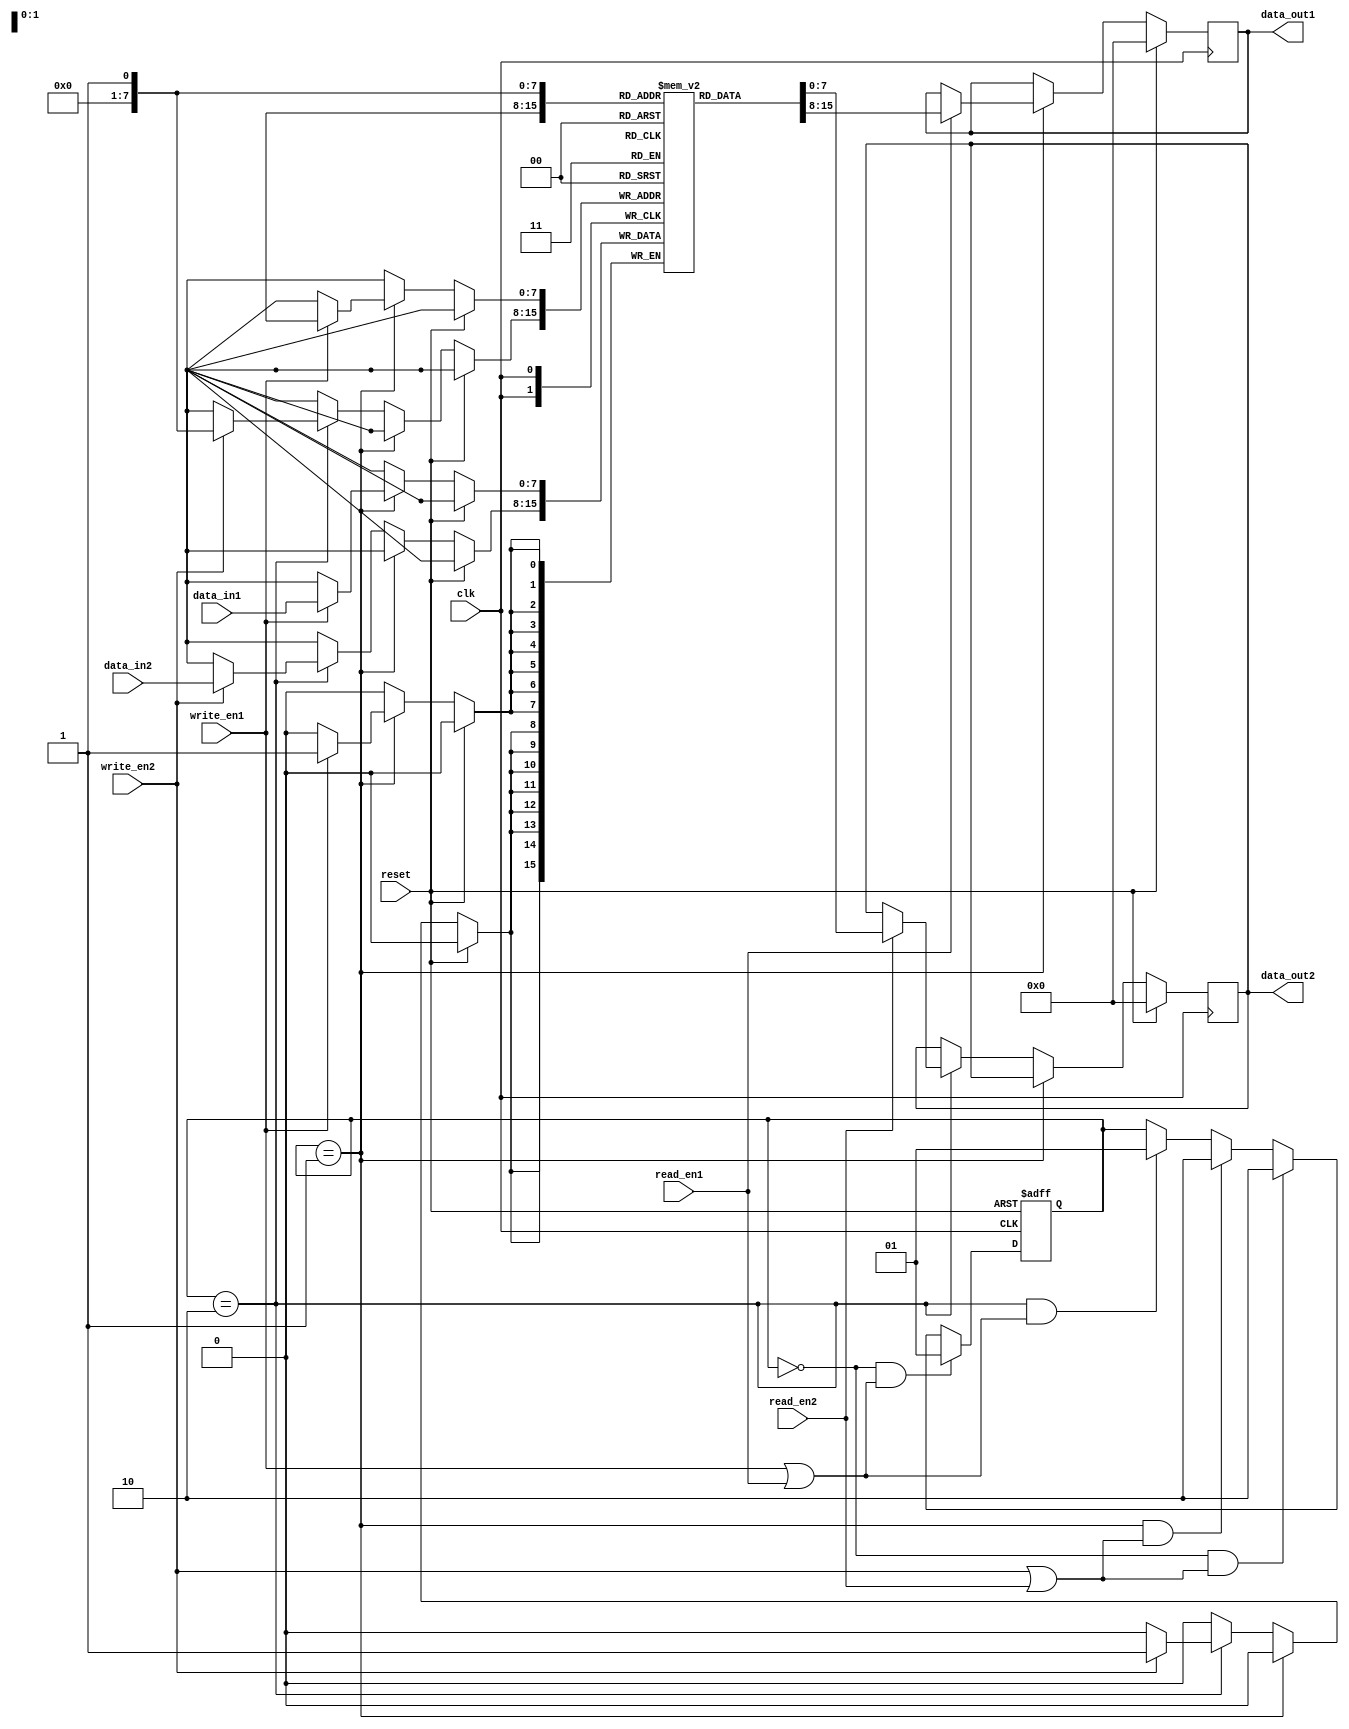
module dual_port_ram (
    input wire clk,
    input wire reset,
    input wire [7:0] data_in1,
    input wire [7:0] data_in2,
    input wire write_en1,
    input wire write_en2,
    input wire read_en1,
    input wire read_en2,
    output reg [7:0] data_out1,
    output reg [7:0] data_out2
);

reg [7:0] memory [0:255];

// Arbitration logic
reg [1:0] access_granted;
always @(posedge clk or posedge reset) begin
    if (reset) begin
        access_granted <= 2'b00;
    end else begin
        if (access_granted == 2'b00 && (write_en1 || read_en1)) begin
            access_granted <= 2'b01;
        end else if (access_granted == 2'b00 && (write_en2 || read_en2)) begin
            access_granted <= 2'b10;
        end else if (access_granted == 2'b01 && (write_en2 || read_en2)) begin
            access_granted <= 2'b10;
        end else if (access_granted == 2'b10 && (write_en1 || read_en1)) begin
            access_granted <= 2'b01;
        end
    end
end

// Read and write operations
always @(posedge clk) begin
    if (reset) begin
        data_out1 <= 8'h00;
        data_out2 <= 8'h00;
    end else begin
        if (access_granted == 2'b01) begin
            if (write_en1) begin
                memory[addr1] <= data_in1;
            end
            if (read_en1) begin
                data_out1 <= memory[addr1];
            end
        end else if (access_granted == 2'b10) begin
            if (write_en2) begin
                memory[addr2] <= data_in2;
            end
            if (read_en2) begin
                data_out2 <= memory[addr2];
            end
        end
    end
end

endmodule